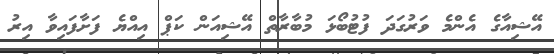
އޭޝިއާގެ އެންމެ ވަރުގަދަ ފުޓުބޯޅަ މުބާރާތް އޭޝިއަން ކަޕް އިއްޔެ ފަށާފައިވާ އިރު